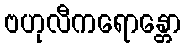
ဗဟုလီကရောန္တော